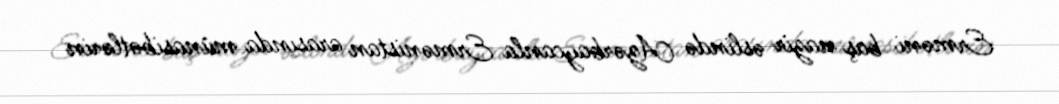
Erməni baş nazir əslində Azərbaycanla Ermənistan arasında münasibətlərin